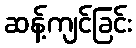
ဆန့်ကျင်ခြင်း